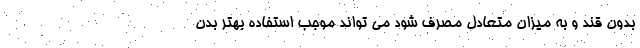
بدون قند و به میزان متعادل مصرف شود می تواند موجب استفاده بهتر بدن